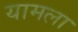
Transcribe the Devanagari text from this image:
यामला